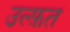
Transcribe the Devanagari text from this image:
उल्फ़त